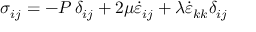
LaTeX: \, \, \sigma _ { i j } = - P \, \delta _ { i j } + 2 \mu { \dot { \varepsilon } } _ { i j } + \lambda { \dot { \varepsilon } } _ { k k } \delta _ { i j }